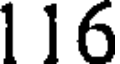
116